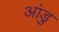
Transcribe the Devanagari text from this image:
आंडु